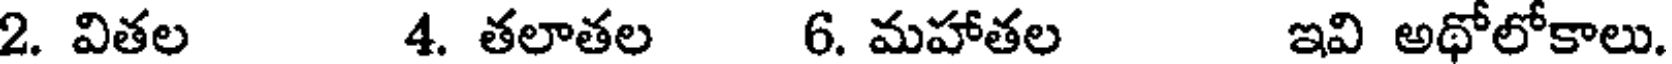
2. వితల 4. తలాతల 6. మహాతల ఇవి అథోలోకాలు.